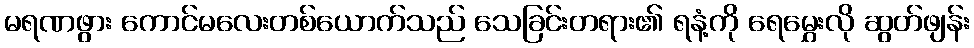
မရဏဖွား ကောင်မလေးတစ်ယောက်သည် သေခြင်းတရား၏ ရနံ့ကို ရေမွှေးလို ဆွတ်ဖျန်း